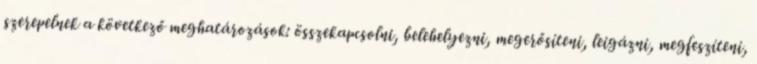
szerepelnek a következő meghatározások: összekapcsolni, belehelyezni, megerősíteni, leigázni, megfeszíteni,